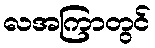
လအကြာတွင်